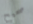
صحيح